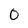
Character: 0